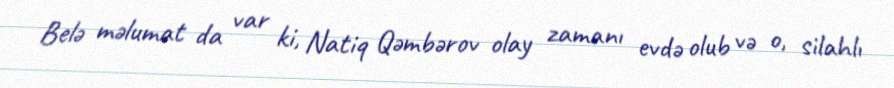
Belə məlumat da var ki, Natiq Qəmbərov olay zamanı evdə olub və o, silahlı